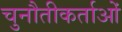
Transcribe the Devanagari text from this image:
चुनौतीकर्ताओं